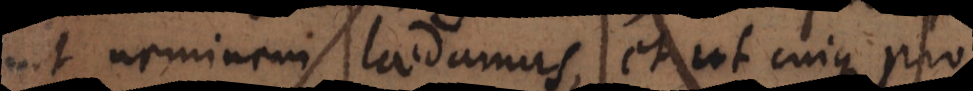
ut neminem laedamus, et ut cui